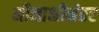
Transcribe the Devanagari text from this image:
मीनाक्षीनंतर